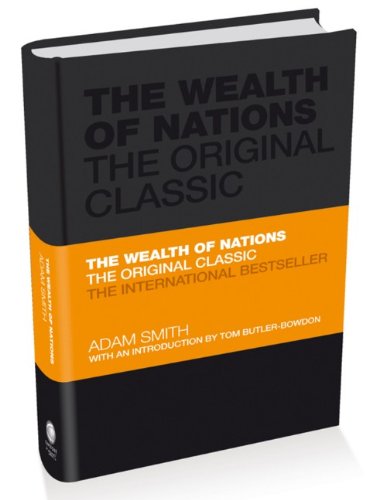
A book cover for The Wealth of Nations: The Economics Classic - A selected edition for the contemporary reader; Adam Smith; Business & Money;